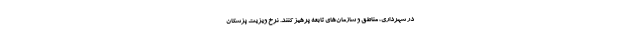
در شهرداری، مناطق و سازمان‌های تابعه پرهیز کنند. نرخ ویزیت پزشکان